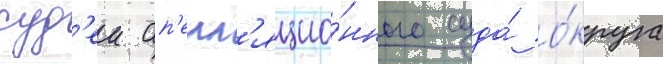
суд'еи ап'елл'яцио́нного суда́ о́круга